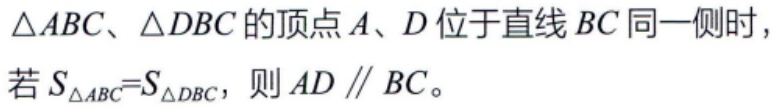
$\triangle ABC、\triangle DBC的顶点A、D位于直线BC同一侧时，\\若S_{\triangle ABC}=S_{\triangle DBC}，则AD\parallel BC。$